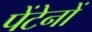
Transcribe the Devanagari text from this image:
पेंटेनों